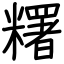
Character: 糬